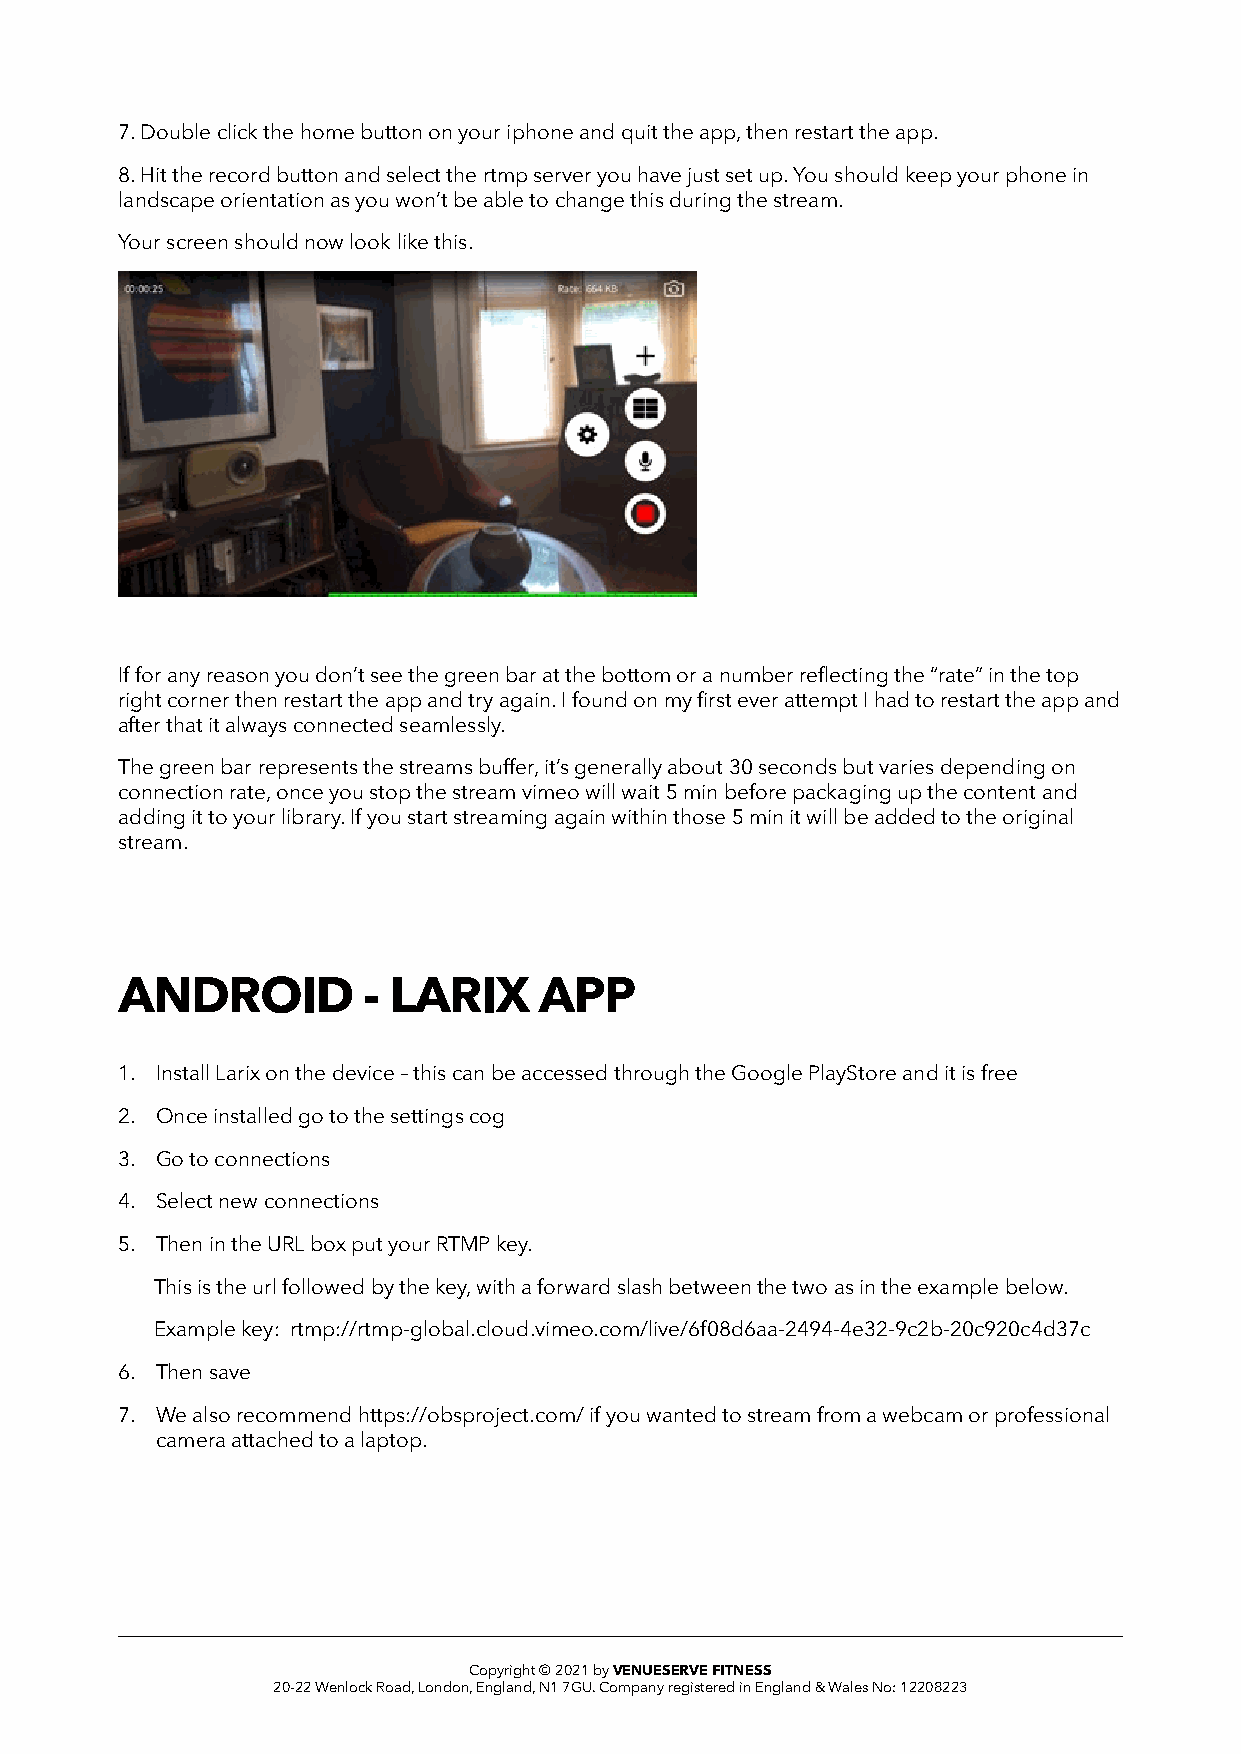
7. Double click the home button on your iphone and quit the app, then restart the app.
 8. Hit the record button and select the rtmp server you have just set up. You should keep your phone in
 landscape orientation as you won’t be able to change this during the stream.
 Your screen should now look like this.
 If for any reason you don’t see the green bar at the bottom or a number reflecting the “rate” in the top
 right corner then restart the app and try again. I found on my first ever attempt I had to restart the app and
 after that it always connected seamlessly.
 The green bar represents the streams buffer, it’s generally about 30 seconds but varies depending on
 connection rate, once you stop the stream vimeo will wait 5 min before packaging up the content and
 adding it to your library. If you start streaming again within those 5 min it will be added to the original
 stream.
 ANDROID         - LARIX     APP
 1. Install Larix on the device – this can be accessed through the Google PlayStore and it is free
 2. Once installed go to the settings cog
 3. Go to connections
 4. Select new connections
 5. Then in the URL box put your RTMP key.
 This is the url followed by the key, with a forward slash between the two as in the example below.
 Example key: rtmp://rtmp-global.cloud.vimeo.com/live/6f08d6aa-2494-4e32-9c2b-20c920c4d37c
 6. Then save
 7. We also recommend https://obsproject.com/ if you wanted to stream from a webcam or professional
 camera attached to a laptop.
 Copyright © 2021 by VENUESERVE FITNESS
 20-22 Wenlock Road, London, England, N1 7GU. Company registered in England & Wales No: 12208223